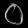
Digit: ၀